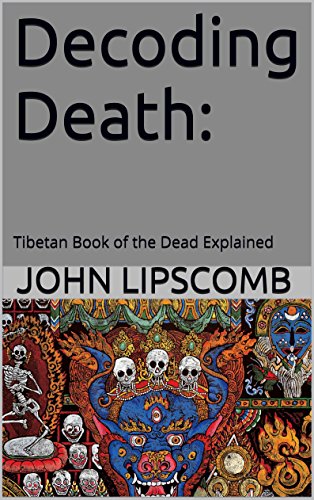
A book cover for Decoding Death:: Tibetan Book of the Dead Explained; Religion & Spirituality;